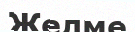
Желме